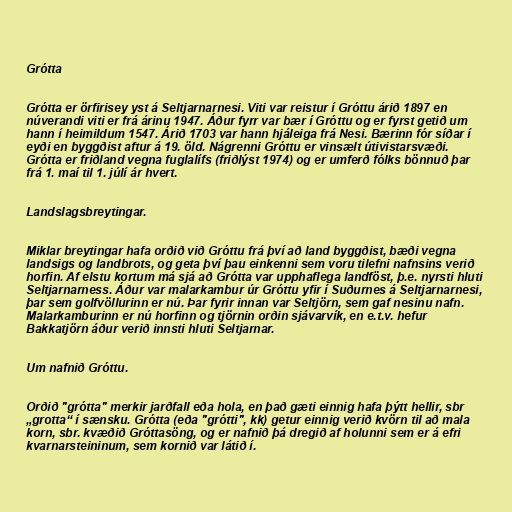
Grótta

Grótta er örfirisey yst á Seltjarnarnesi. Viti var reistur í Gróttu árið 1897 en
núverandi viti er frá árinu 1947. Áður fyrr var bær í Gróttu og er fyrst getið um
hann í heimildum 1547. Árið 1703 var hann hjáleiga frá Nesi. Bærinn fór síðar í
eyði en byggðist aftur á 19. öld. Nágrenni Gróttu er vinsælt útivistarsvæði.
Grótta er friðland vegna fuglalífs (friðlýst 1974) og er umferð fólks bönnuð þar
frá 1. maí til 1. júlí ár hvert.

Landslagsbreytingar.

Miklar breytingar hafa orðið við Gróttu frá því að land byggðist, bæði vegna
landsigs og landbrots, og geta því þau einkenni sem voru tilefni nafnsins verið
horfin. Af elstu kortum má sjá að Grótta var upphaflega landföst, þ.e. nyrsti hluti
Seltjarnarness. Áður var malarkambur úr Gróttu yfir í Suðurnes á Seltjarnarnesi,
þar sem golfvöllurinn er nú. Þar fyrir innan var Seltjörn, sem gaf nesinu nafn.
Malarkamburinn er nú horfinn og tjörnin orðin sjávarvík, en e.t.v. hefur
Bakkatjörn áður verið innsti hluti Seltjarnar.

Um nafnið Gróttu.

Orðið "grótta" merkir jarðfall eða hola, en það gæti einnig hafa þýtt hellir, sbr
„grotta“ í sænsku. Grótta (eða "grótti", kk) getur einnig verið kvörn til að mala
korn, sbr. kvæðið Gróttasöng, og er nafnið þá dregið af holunni sem er á efri
kvarnarsteininum, sem kornið var látið í.